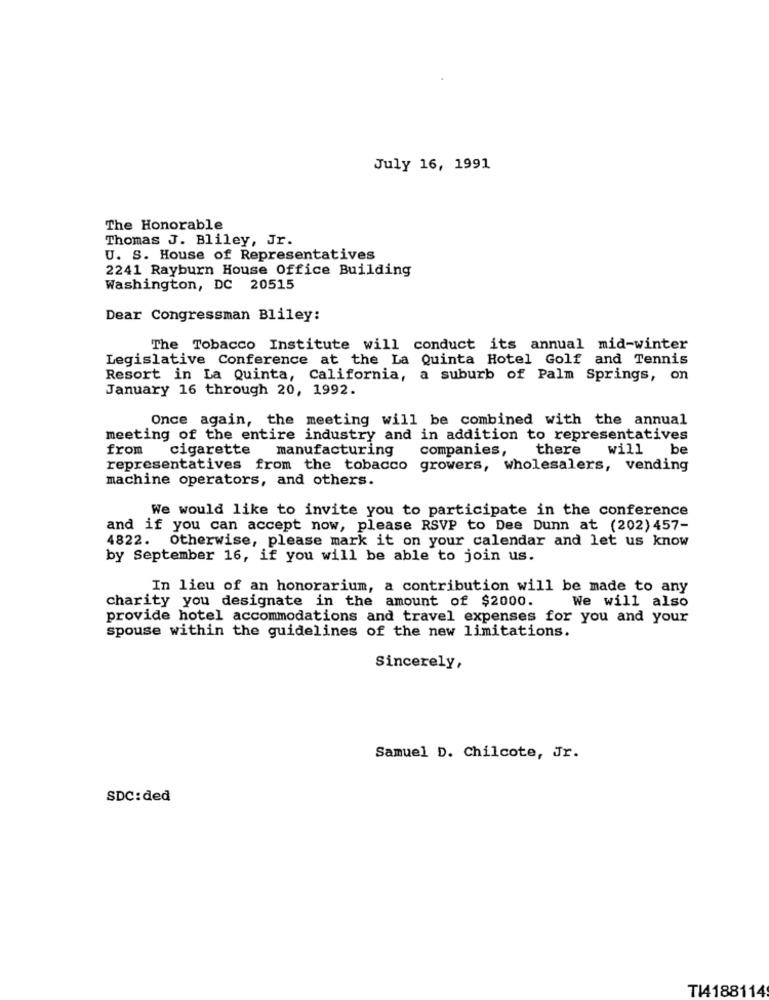
July 16, 1991
The Honorable
Thomas J. Bliley, Jr.
U. S. House of Representatives
2241 Rayburn House Office Building
Washington, DC 20515
Dear Congressman Bliley:
The Tobacco Institute will conduct its annual mid-winter
Legislative Conference at the La Quinta Hotel Golf and Tennis
Resort in La Quinta, California, a suburb of Palm Springs, on
January 16 through 20, 1992.
Once again, the meeting will be combined with the annual
meeting of the entire industry and in addition to representatives
from
cigarette manufacturing
companies,
there
will be
representatives from the tobacco growers, wholesalers, vending
machine operators, and others.
We would like to invite you to participate in the conference
and if you can accept now, please RSVP to Dee Dunn at (202) 457-
4822. Otherwise, please mark it on your calendar and let us know
by September 16, if you will be able to join us.
In lieu of an honorarium, a contribution will be made to any
charity you designate in the amount of $2000.
We will also
provide hotel accommodations and travel expenses for you and your
spouse within the guidelines of the new limitations.
Sincerely,
Samuel D. Chilcote, Jr.
SDC: ded
TI4188114